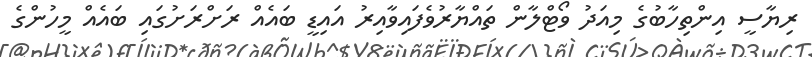
ރިޔާސީ އިންތިހާބުގެ މިއަދު ވޯޓްލާން ތައްޔާރުވެފައިވާއިރު އައިޑީ ބައެއް ރަށްރަށުގައި ބައެއް މީހުންގެ